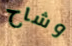
وشاح